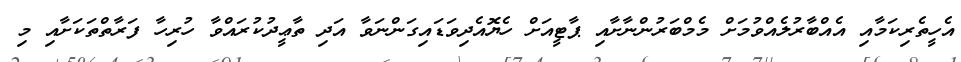
އެހީތެރިކަމާއި އެއްބާރުލެއްވުމަށް މެމްބަރުންނާށާއި ޕާޓީއަށް ހެޔޮއެދިވަޑައިގަންނަވާ އަދި ތާޢީދުކުރައްވާ ހުރިހާ ފަރާތްތަކަށާއި މި